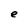
Character: e